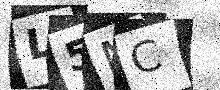
Text: L5NC